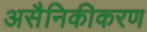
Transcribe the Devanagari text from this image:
असैनिकीकरण